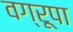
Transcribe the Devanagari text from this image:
वग्रूपा